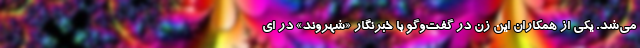
می‌شد. یکی از همکاران این زن در گفت‌وگو با خبرنگار «شهروند» در ای